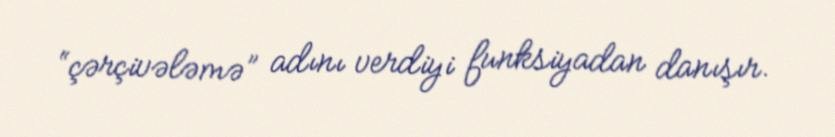
“çərçivələmə” adını verdiyi funksiyadan danışır.